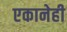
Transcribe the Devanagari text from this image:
एकानेही